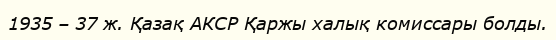
1935 – 37 ж. Қазақ АКСР Қаржы халық комиссары болды.